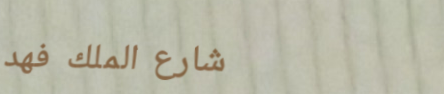
شارع الملك فهد